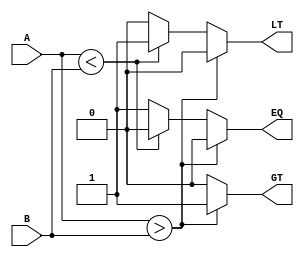
`timescale 1ns / 1ps
//////////////////////////////////////////////////////////////////////////////////
// Company: 
// Engineer: 
// 
// Design Name: 
// Module Name: comparator_nb
// Project Name: 
// Target Devices: 
// Tool Versions: 
// Description: 
// 
// Dependencies: 
// 
// Revision:
// Revision 0.01 - File Created
// Additional Comments:
// 
//////////////////////////////////////////////////////////////////////////////////


module comparator_nb(A, B, EQ, LT, GT);
 parameter n = 32;
 input signed [n-1:0] A, B;
 output reg EQ, LT, GT;



    always@(A, B)
    begin
        if(A > B)
            begin
                EQ = 0;
                LT = 0;
                GT = 1;
            end
         else if (A < B)
            begin
                EQ = 0;
                LT = 1;
                GT = 0;
            end
         else
            begin
                EQ = 1;
                LT = 0;
                GT = 0;
            end
    end
    
endmodule